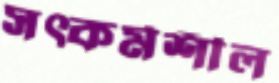
সত্কর্মশীল